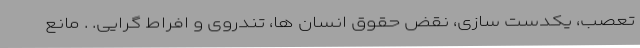
تعصب، یکدست سازی، نقض حقوق انسان ها، تندروی و افراط گرایی. . مانع